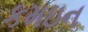
કમઇન